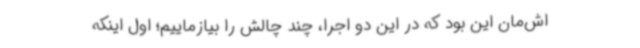
اش‌مان این بود که در این دو اجرا، چند چالش را بیازماییم؛ اول اینکه